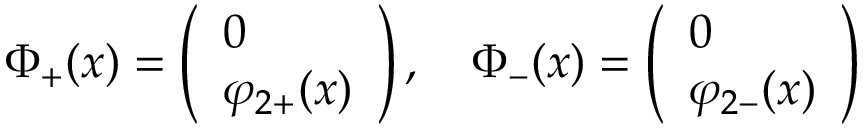
\Phi _ { + } ( x ) = \left( \begin{array} { l } { { 0 } } \\ { { \varphi _ { 2 + } ( x ) } } \end{array} \right) , \quad \Phi _ { - } ( x ) = \left( \begin{array} { l } { { 0 } } \\ { { \varphi _ { 2 - } ( x ) } } \end{array} \right)